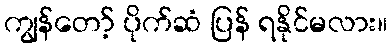
ကျွန်တော့် ပိုက်ဆံ ပြန် ရနိုင်မလား။